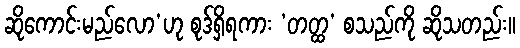
ဆိုကောင်းမည်လော’ဟု စုဒ်ရှိရကား ‘တတ္ထ’ စသည်ကို ဆိုသတည်း။